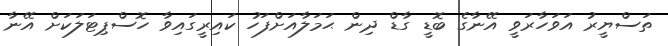
ތަސްޔީރު އަވަހާރަވީ އޭނާގެ ބޮޑީ ގާޑް ދިން ޙަމަލާއަށްފަހު ކައިރީގައިވާ ހޮސްޕިޓަލަކަށް އޭނާ